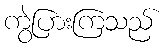
ကွဲပြားကြသည်